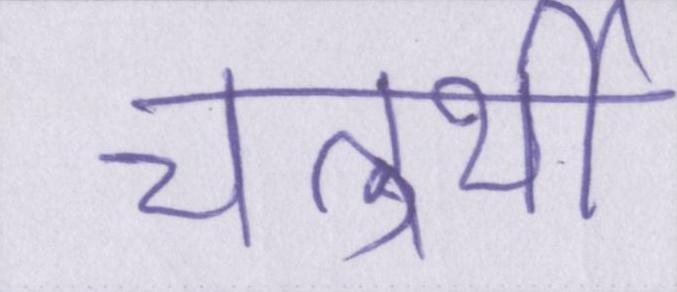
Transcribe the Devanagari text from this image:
चतुर्थी